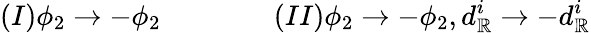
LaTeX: (I)\phi_{2}\rightarrow-\phi_{2}\qquad\qquad(II)\phi_{2}\rightarrow-\phi_{2},d_{\mathbb{R}}^{i}\rightarrow-d_{\mathbb{R}}^{i}